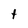
Character: t